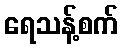
ရေသန့်စက်